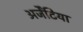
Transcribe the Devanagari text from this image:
अर्जेंटिया